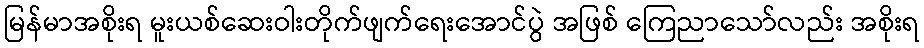
မြန်မာအစိုးရ မူးယစ်ဆေးဝါးတိုက်ဖျက်ရေးအောင်ပွဲ အဖြစ် ကြေညာသော်လည်း အစိုးရ